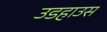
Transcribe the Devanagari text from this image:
उडहाउस